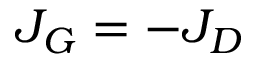
J _ { G } = - J _ { D }